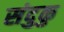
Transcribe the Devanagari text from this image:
संदुकु